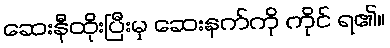
ဆေးနီထိုးပြီးမှ ဆေးနက်ကို ကိုင် ရ၏။